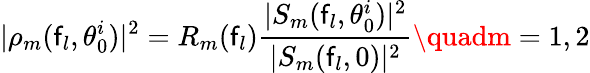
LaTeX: |\rho_{m}(\mathsf{f}_{l},\theta_{0}^{i})|^{2}=R_{m}(\mathsf{f}_{l})\frac{{|S_{m}(\mathsf{f}_{l},\theta_{0}^{i})|^{2}}}{{|S_{m}(\mathsf{f}_{l},0)|^{2}}}\quadm=1,2